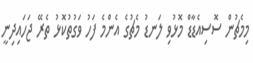
މިމެޗުން ސޮސިއެޑާޑް މޮޅުވި ލަނޑު މެޗުގެ އެންމެ ފަހު ވަގުތުކޮޅު ތެރޭ ޖަހައިދިނީ